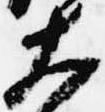
大